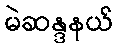
မဲဆန္ဒနယ်